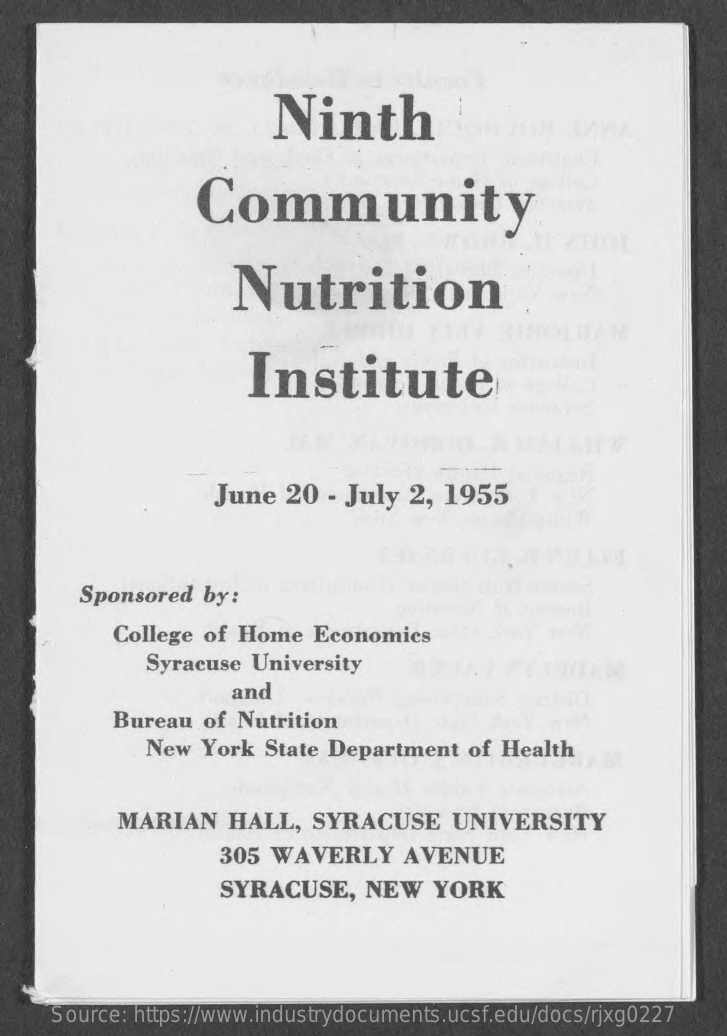
Ninth
     Community
     Nutrition
     Institute
     June  20  - July  2, 1955
     Sponsored  by:
     College of Home    Economics
     Syracuse  University
     and
     Bureau  of Nutrition
     New  York  State Department   of  Health
     MARIAN    HALL,   SYRACUSE    UNIVERSITY
     305  WAVERLY    AVENUE
     SYRACUSE,    NEW    YORK
     Source: https://www.industrydocuments.ucsf.edu/docs/rjxg0227